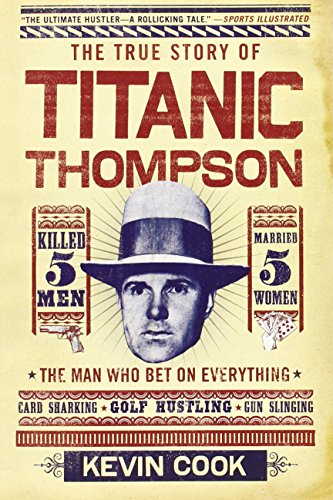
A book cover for Titanic Thompson: The Man Who Bet on Everything; Kevin Cook; Humor & Entertainment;